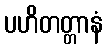
ပဟိတတ္တာနံ